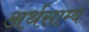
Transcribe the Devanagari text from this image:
अर्थसाम्य